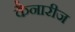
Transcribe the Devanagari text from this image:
कैनारीज